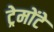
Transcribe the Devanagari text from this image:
ट्रेमोंटे